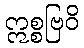
ဣစ္စဗြဝိ